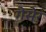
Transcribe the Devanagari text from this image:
गेसेर